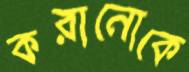
করানোকে